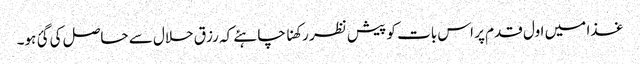
غذا میں اول قدم پر اس بات کو پیش نظر رکھنا چاہئے کہ رزق حلال سے حاصل کی گئ ہو۔